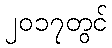
၂၀၁၇တွင်